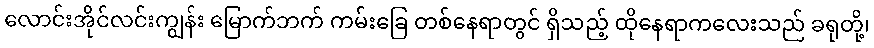
လောင်းအိုင်လင်းကျွန်း မြောက်ဘက် ကမ်းခြေ တစ်နေရာတွင် ရှိသည့် ထိုနေရာကလေးသည် ခရုတို့၊